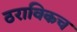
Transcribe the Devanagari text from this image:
ठराविकच